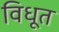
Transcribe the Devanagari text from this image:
विधूत